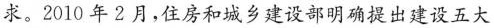
求。2010年2月，住房和城乡建设部明确提出建设五大